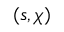
( s , \chi )